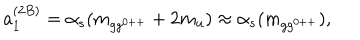
LaTeX: a _ { 1 } ^ { ( 2 B ) } = \alpha _ { s } ( m _ { g g ^ { 0 + + } } + 2 m _ { u } ) \approx \alpha _ { s } ( m _ { g g ^ { 0 + + } } ) ,